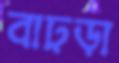
বাঢ়ড়া